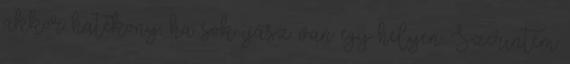
akkor hatékony, ha sok íjász van egy helyen. Szerintem